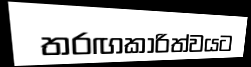
තරඟකාරිත්වයට